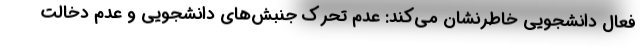
فعال دانشجویی خاطرنشان می‌کند: عدم تحرک جنبش‌های دانشجویی و عدم دخالت